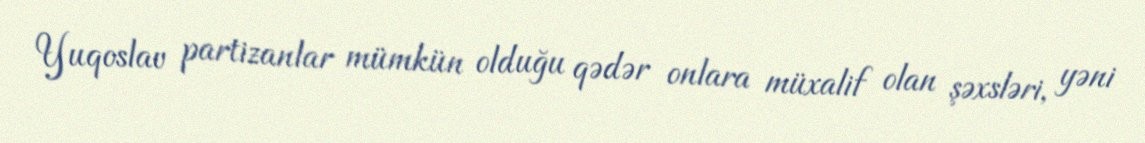
Yuqoslav partizanlar mümkün olduğu qədər onlara müxalif olan şəxsləri, yəni